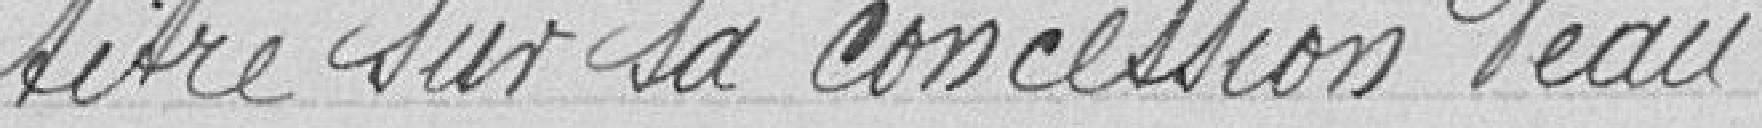
titre sur sa concession d'eau.